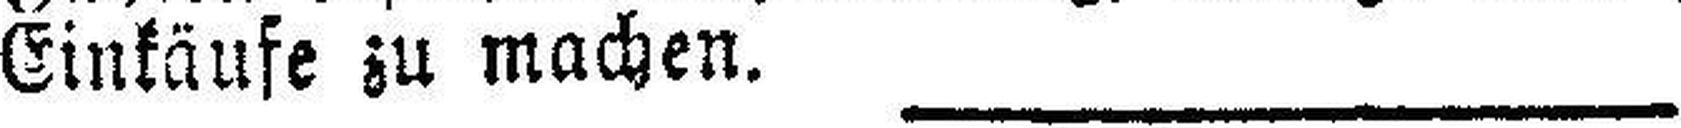
Einkäufe zu machen.